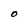
Character: O